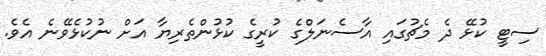
ސިޓީ ކުޅޭ ދެ މެޗުގައި އާސެނަލްގެ ކުރީގެ ކުޅުންތެރިޔާ އަށް ނުކުޅެވޭނެ އެވެ.